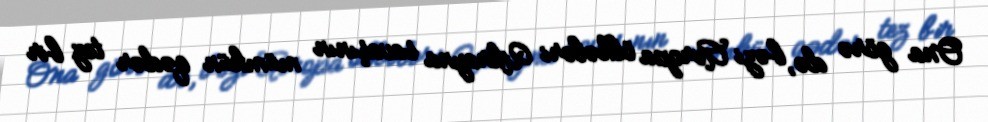
Ona görə də, bəzi Avropa ölkələri Ukrayna savaşının mümkün qədər tez bir